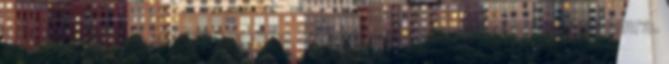
számlán, illetve a cikktörzsben való keresés másodlagos cikk számra.